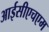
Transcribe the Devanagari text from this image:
आईसीएचएम